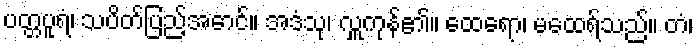
ပတ္တပူရံ၊ သပိတ်ပြည့်အောင်။ အဒံသု၊ လှူကုန်၏။ ထေရော၊ မထေရ်သည်။ တံ၊